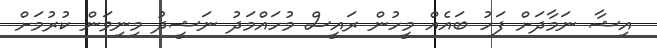
އިޝާ ނަމާދަށް ފަހު ބައެއް މީހުން ރައީސް މުހައްމަދު ނަޝީދު މިނިވަން ކުުރުމަށް